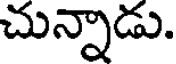
చున్నాడు.